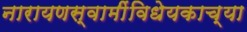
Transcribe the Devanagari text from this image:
नारायणस्वामींविधेयकाच्या